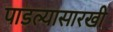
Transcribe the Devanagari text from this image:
पाडल्यासारखी